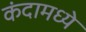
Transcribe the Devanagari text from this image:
कंदामध्ये